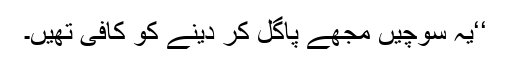
‘‘یہ سوچیں مجھے پاگل کر دینے کو کافی تھیں۔